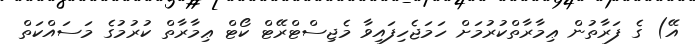
އޭ) ގެ ފަރާތުން ޢިމާރާތްކުރުމަށް ހަމަޖެހިފައިވާ މެޖިސްޓްރޭޓް ކޯޓް ޢިމާރާތް ކުރުމުގެ މަސައްކަތް